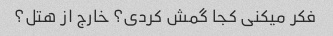
فکر میکنی کجا گمش کردی؟ خارج از هتل؟